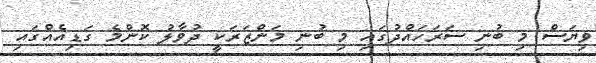
ވިޔަސް މި ބުނި ސަރަހައްދުގައި މި ބުނި މަންޒަރަކީ ދުވާލު ކޮންމެ ގަޑިއެއްގައި